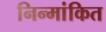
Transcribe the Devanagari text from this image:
निन्मांकित